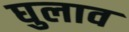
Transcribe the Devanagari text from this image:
घुलाव